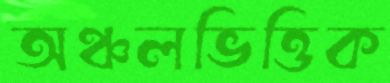
অঞ্চলভিত্তিক